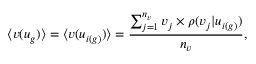
\langle v ( u _ { g } ) \rangle = \langle v ( u _ { i ( g ) } ) \rangle = \frac { \sum _ { j = 1 } ^ { n _ { v } } v _ { j } \times \rho ( v _ { j } | u _ { i ( g ) } ) } { n _ { v } } ,